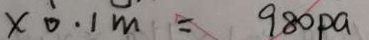
x 0 . 1 m = 9 8 0 p a